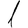
Digit: 1